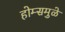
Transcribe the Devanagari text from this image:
होम्समुळे